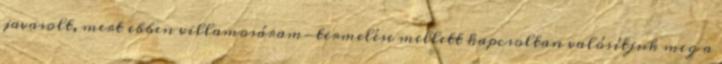
javasolt, mert ebben villamosáram-termelése mellett kapcsoltan valósítjuk meg a